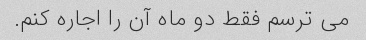
می ترسم فقط دو ماه آن را اجاره کنم.